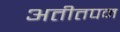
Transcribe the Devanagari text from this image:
अतीतपन